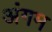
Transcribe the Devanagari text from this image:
अंगम